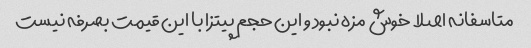
متاسفانه اصلا خوش مزه نبود و این حجم پیتزا با این قیمت بصرفه نیست